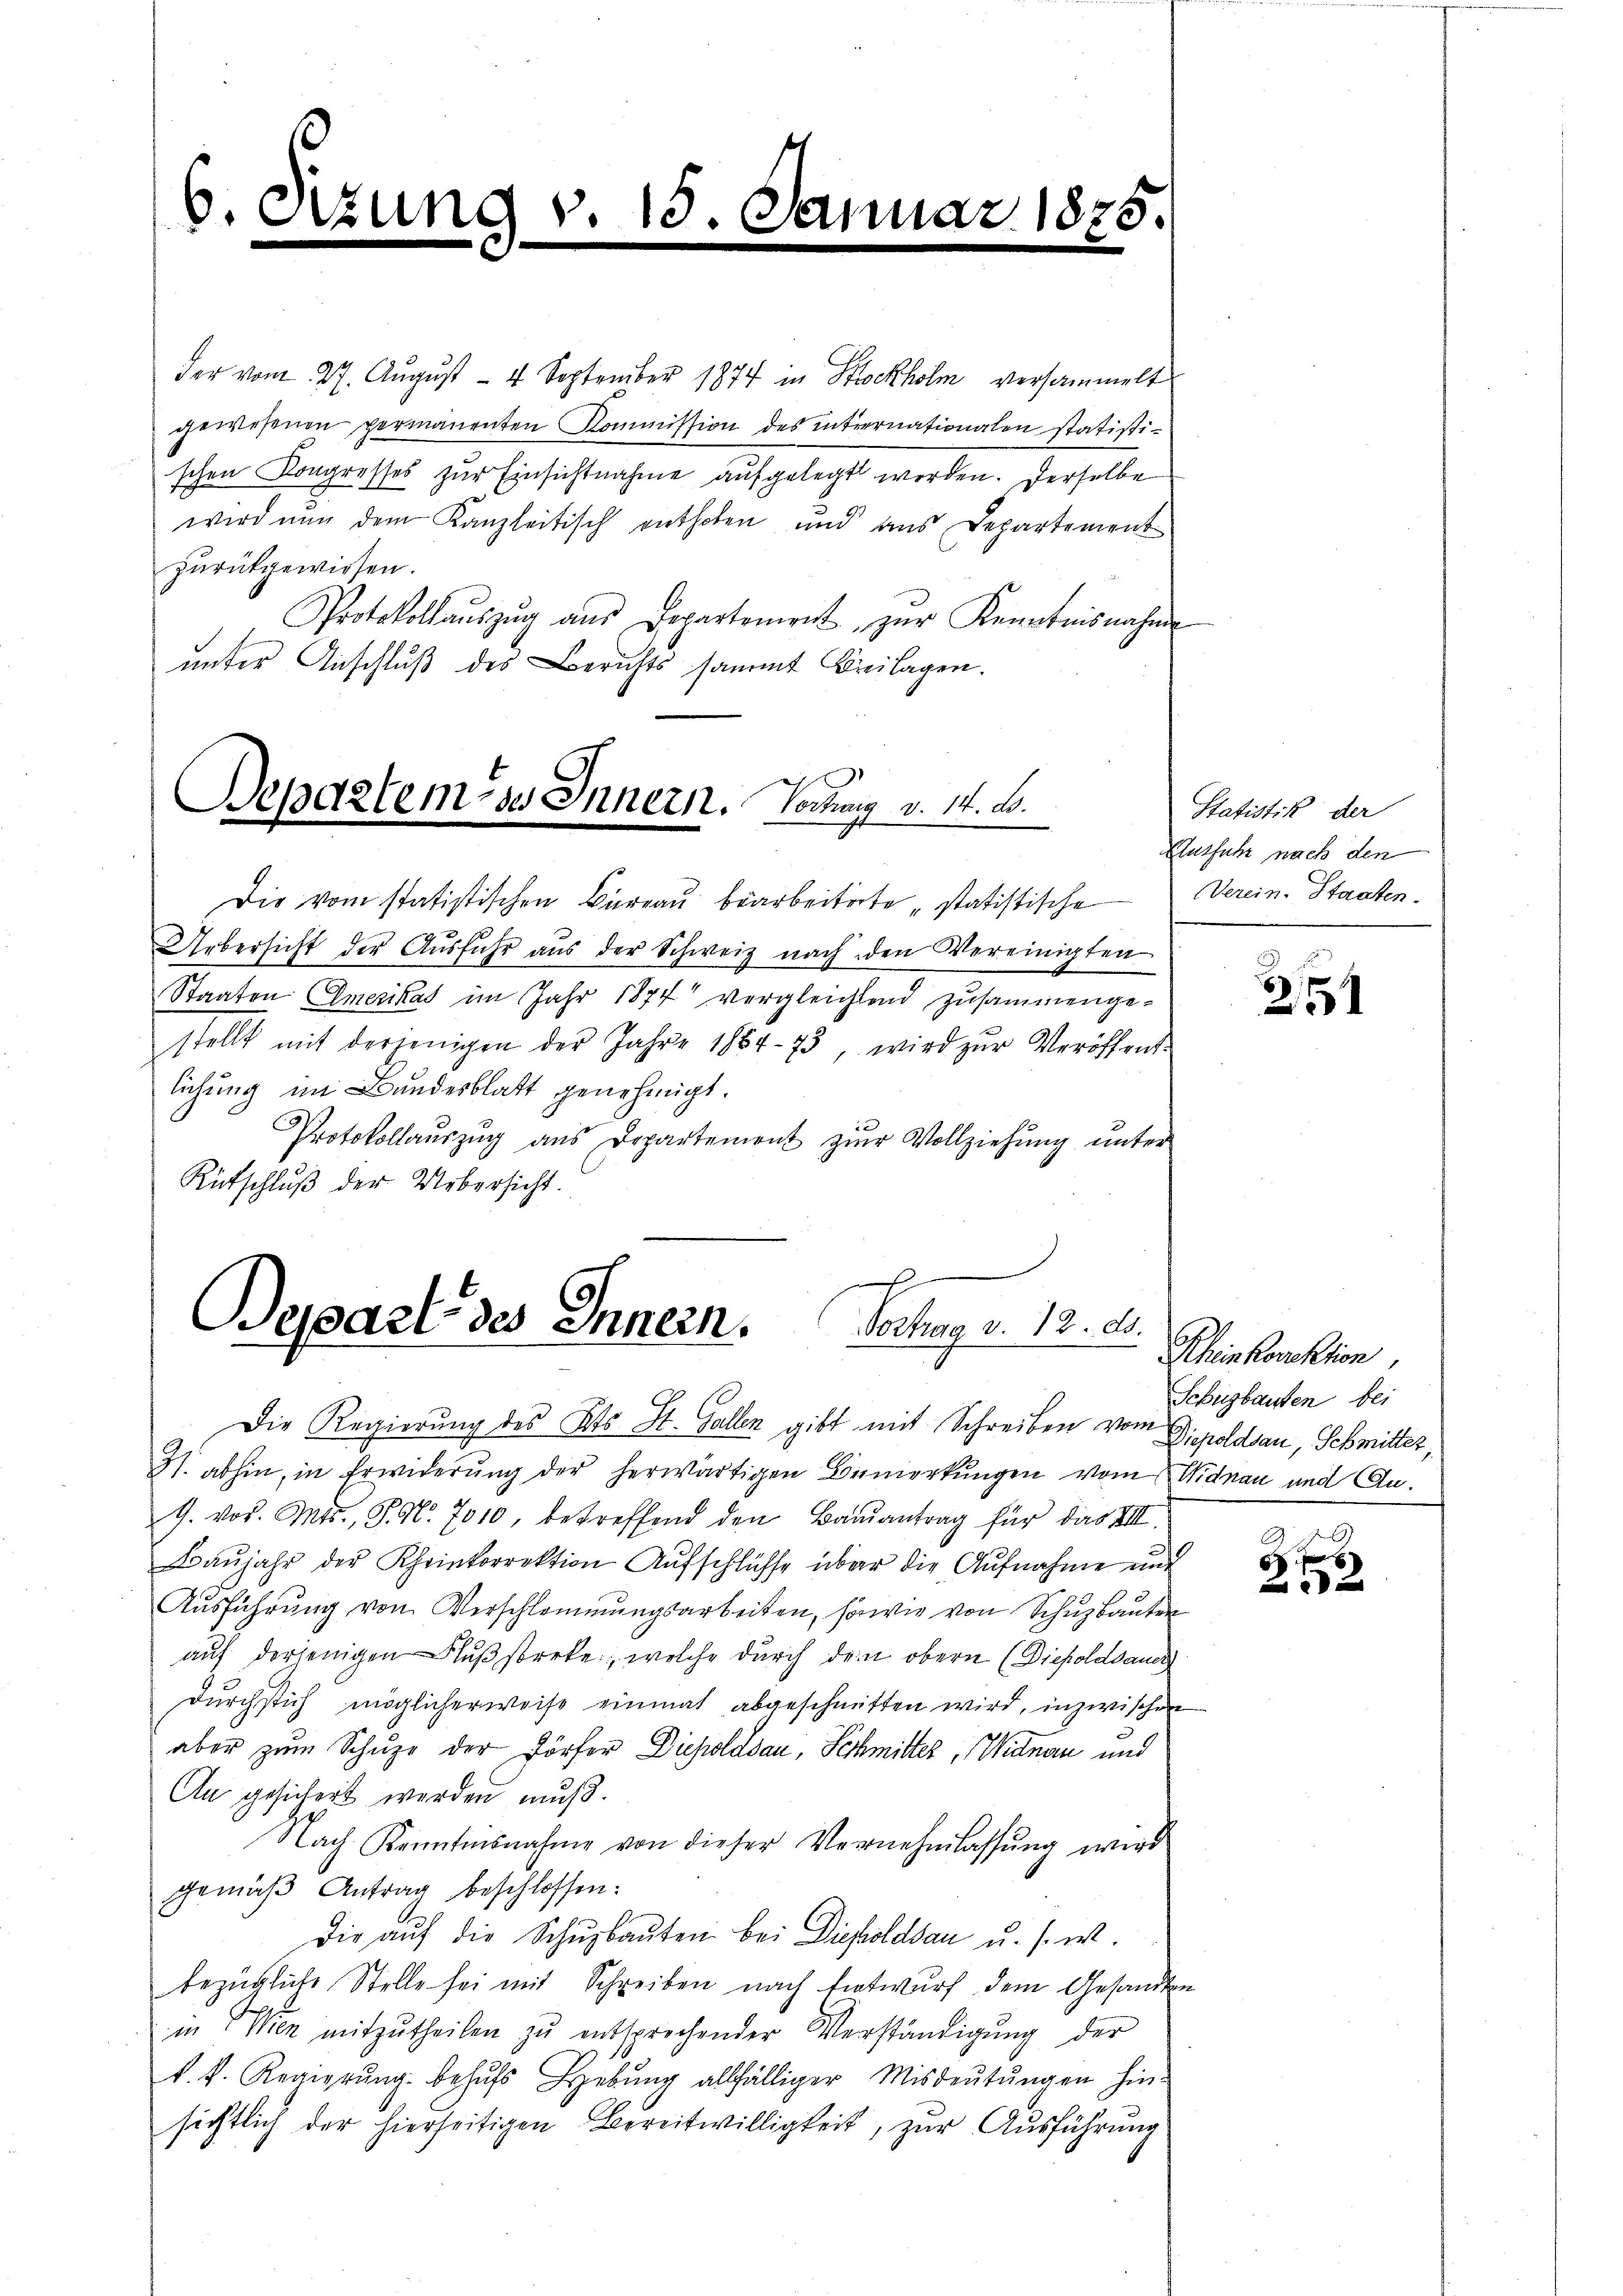
6.

.

der vom 27. August - 4 September 1874 in Stockholm versammelt
gewesenen permanenten Kommission des intiernationalen statistischen Kongresses zur Einsichtnahme aufgelegt werden. Derselbe
wird nun dem Kanzleitisch enthoben und ans Departement
zŭrückgewiesen.
Protokollaŭszŭg aŭs Departement zŭr Kenntnisnahm
unter Anschluß des Berichts sammt Breilagen.
Bepartem des Innern. Sodung v. 14. B.

v. 15. Januar 18

Die vom statistischen Büreau bearbeiterte „statistische
Uebersicht der Aŭsführ aus der Schweiz nach den Vereinigten
Staaten Emerikas im Jahr 1874 vergleichlend zusammengestellt mit derjenigen der Jahre 1884-73, wird zŭr Veröffent-
lichung im Bundesblatt genehmigt.
Protokollaŭszŭg aŭs Departement zŭr Vollziehŭng ŭnter
Rütschluß der Uebersicht.

Bepart des Innern. Jochen d. 12. d.

Die Regierŭng des Kts. St. Gallen gibt mit Schreiben vom Dippoldsau, Schmitter,
N. abhin, in Erwiderung der herwärtigen Bemerkungen vom Widnau und An¬
G. vor. Mts., S. Nr. 7010, betreffend den Baŭsantrag für das VIII.
Baŭjahr der Rheinkorrektion Aufschlüsse über die Aufnahme und
Ausführung von Verschlommungsarbeiten, sowie von Schuzbauten
aŭf derjenigen Flußstreke, welche durch dein obern (Diepolddauer
durchstich möglicherweise einmal abgeschnitten wird, inzwischen
aber zŭm Schuze der Dörfer Diepoldsau, Schmitter, Widnau und
An gesichert werden muß.
Nach Kenntnisnahme von dieser Vernehmlassŭng wird
gemäß Antrag beschlossen:
Die aŭf die Schŭsbaŭten bei Diesoldsau u. s. w.
bezügliche Stelle sei mit Schreiben nach Entwurf dem Gesandten
in Wien mitzŭtheilen zŭ entsprochender Verständigŭng der
k. k. Regierŭng behŭfs Hebŭng allfälliger Misdeŭtŭngen hin-
sichtlich der hierseitigen Bereitwilligkeit, zur Ausführung

Statistik der
Ausfuhr nach den
Verein Staaten.

.
2151

Rheinkorektion,
Schüzbauten bei

2